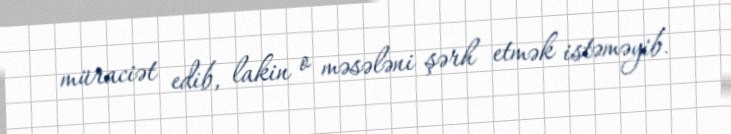
müraciət edib, lakin o məsələni şərh etmək istəməyib.